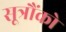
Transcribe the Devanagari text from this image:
सूत्रौंको